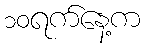
၁၀ရက်နေ့က